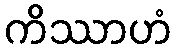
ကိဿာဟံ